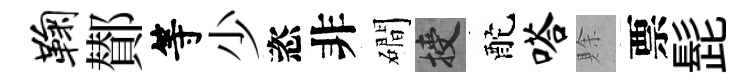
鞠鄼等少恣非磵授酡嗒賖票髭